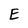
Character: E